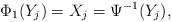
LaTeX: \begin{align*}\Phi_1(Y_j)=X_j=\Psi^{-1}(Y_j),\end{align*}